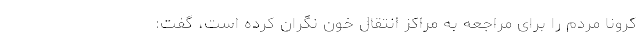
کرونا مردم‌ را برای مراجعه به مراکز انتقال خون نگران کرده است، گفت: